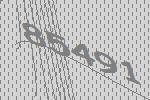
85491